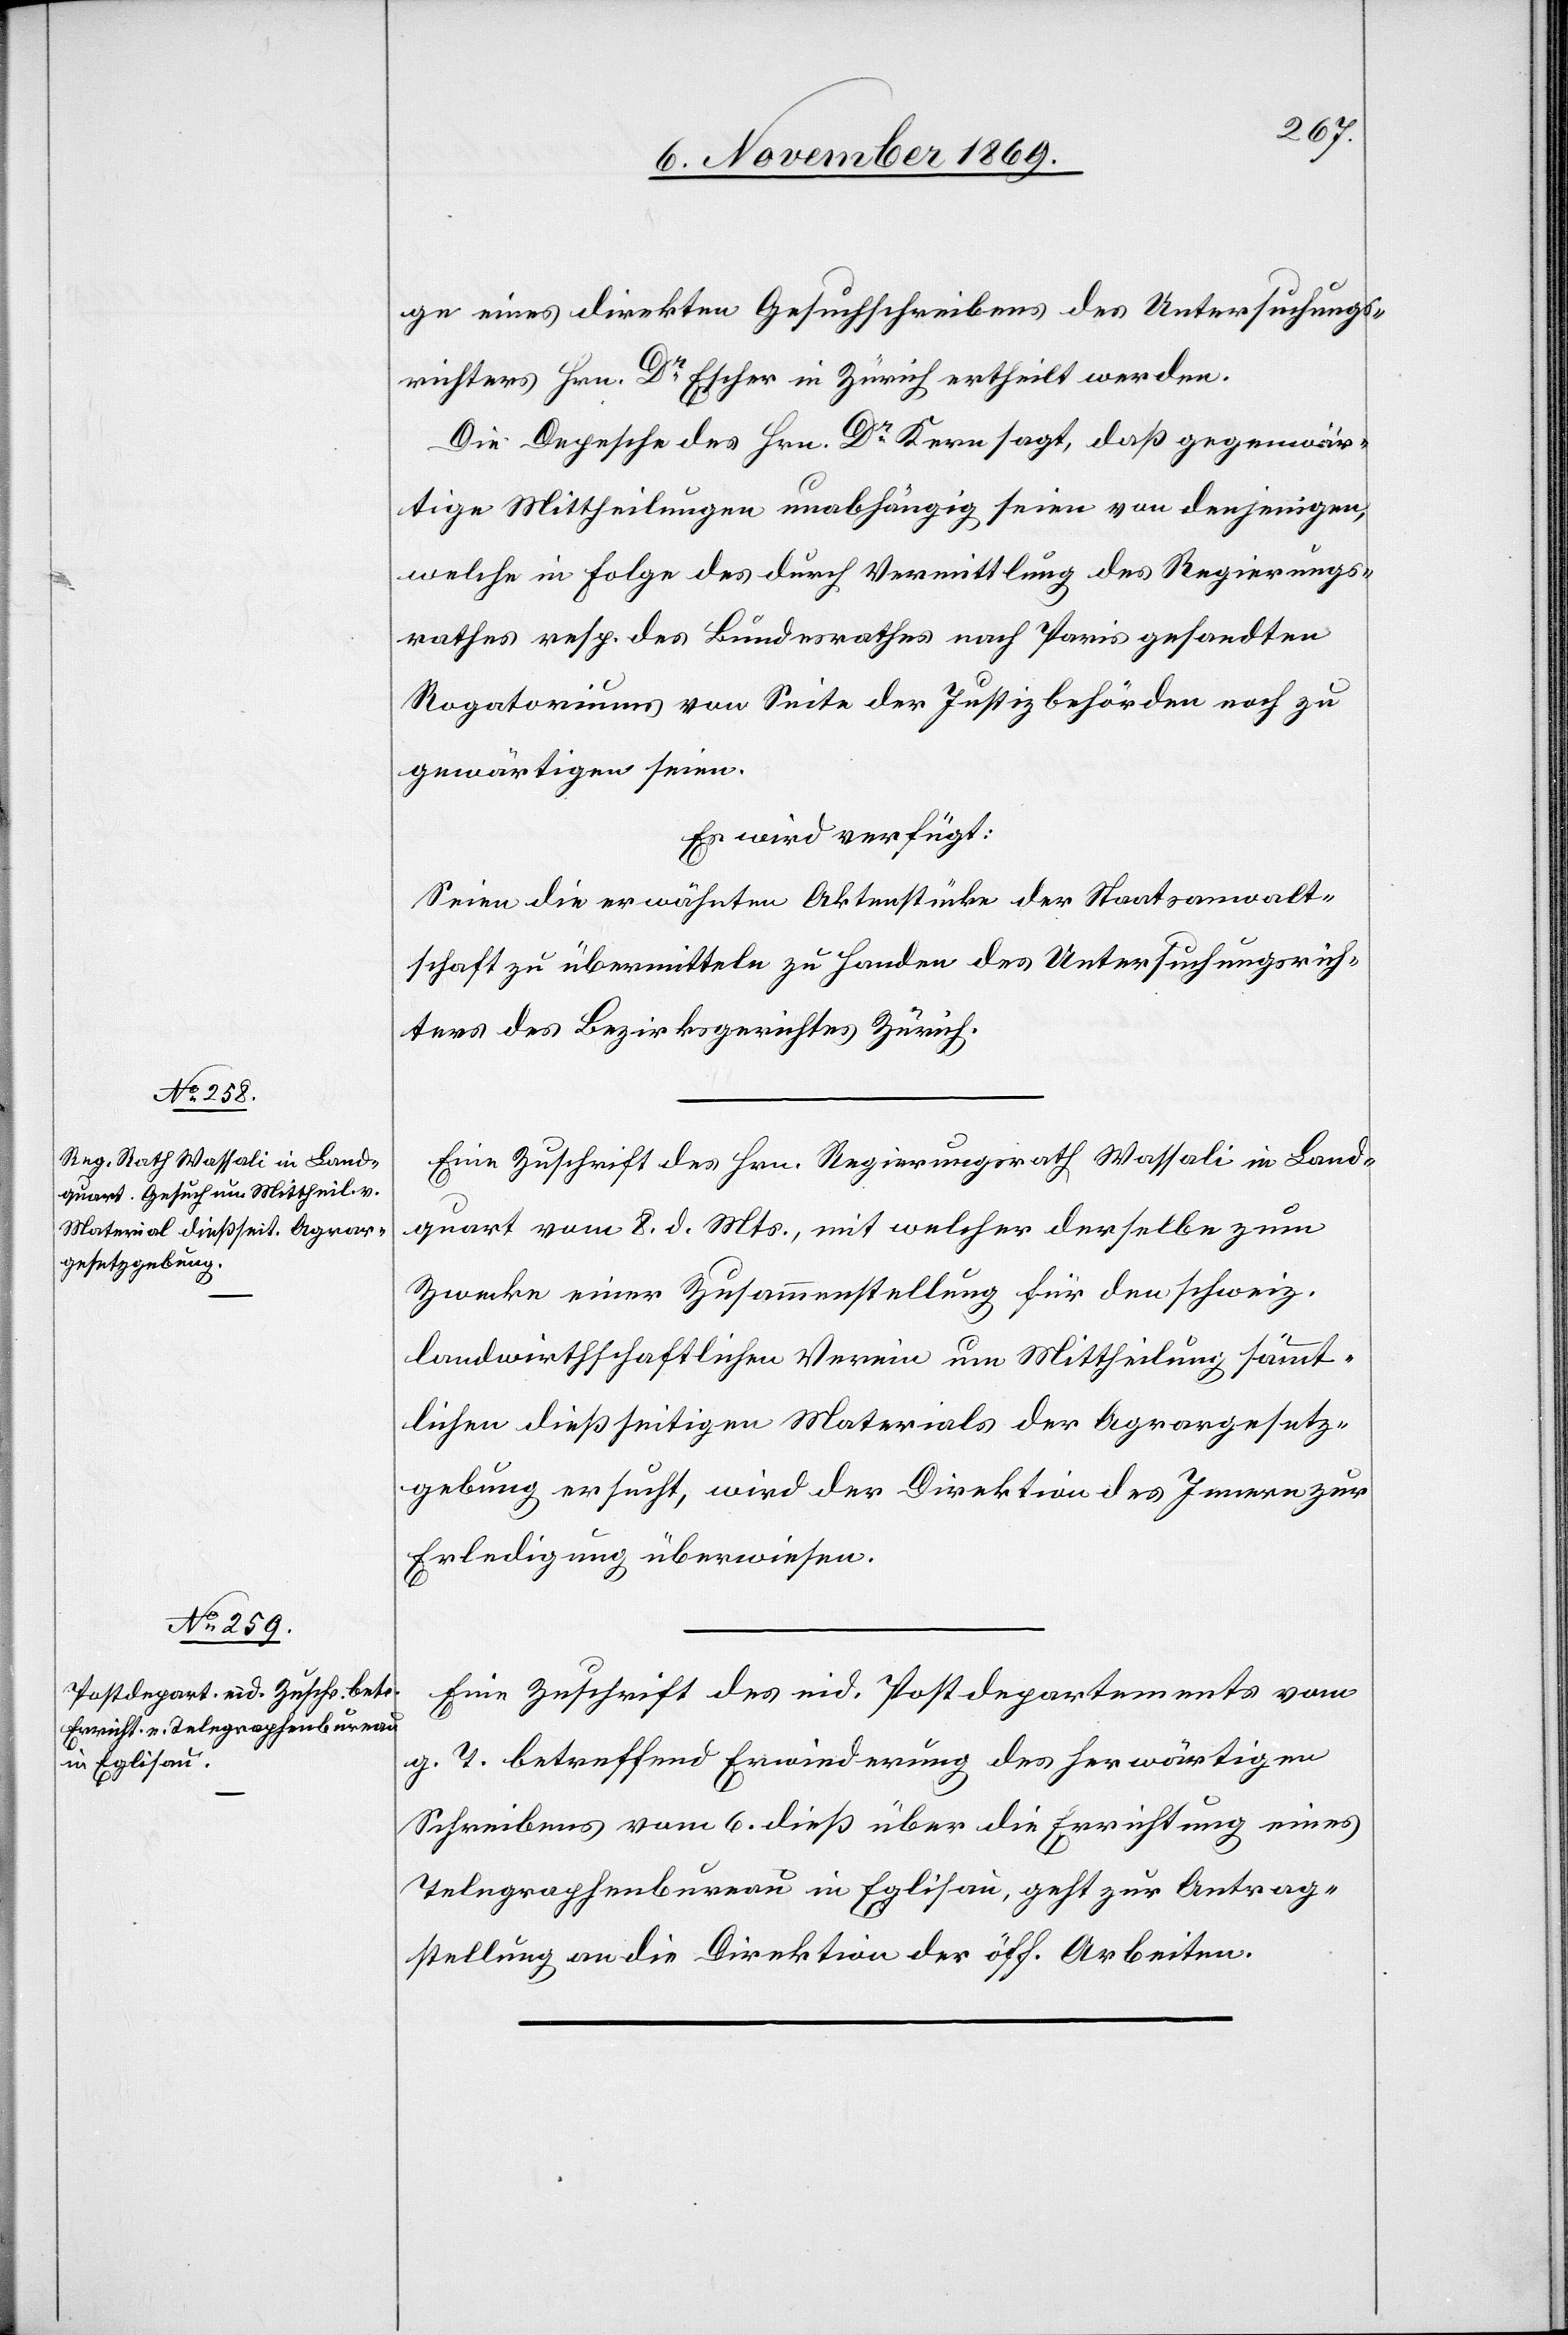
12. November 1869.]
ge eines direkten Gesuchschreibens des Untersuchungs¬
richters Hrn. Dr Escher in Zürich ertheilt werden.
Die Depesche des Hrn. Dr Kern sagt, daß gegenwär¬
tige Mittheilungen unabhängig seien von denjenigen,
welche in Folge des durch Vermittlung des Regierungs¬
rathes resp. des Bundesrathes nach Paris gesandten
Rogatoriums von Seite der Justizbehörden noch zu
gewärtigen seien.
Es wird verfügt:
Seien die erwähnten Aktenstücke der Staatsanwalt¬
schaft zu übermitteln zu Handen des Untersuchungsrich¬
ters des Bezirksgerichtes Zürich.
Eine Zuschrift des Hrn. Regierungsrath Wassali in Land¬
quart vom 8. d. Mts., mit welcher derselbe zum
Zwecke einer Zusammenstellung für den schweiz.
landwirthschaftlichen Verein um Mittheilung sämmt¬
lichen dießseitigen Materials der Agrargesetz¬
gebung ersucht, wird der Direktion des Innern zur
Erledigung überwiesen.
Eine Zuschrift des eid. Postdepartements vom
g. T. betreffend Erwiederung des herwärtigen
Schreibens vom 6. dieß über die Errichtung eines
Telegraphenbureau in Eglisau, geht zur Antrag¬
stellung an die Direktion der öff. Arbeiten.